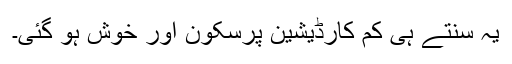
یہ سنتے ہی کم کارڈیشین پرسکون اور خوش ہو گئی۔